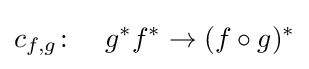
c_{f,g}\colon \quad g^{*}f^{*}\to (f\circ g)^{*}